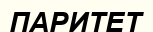
ПАРИТЕТ